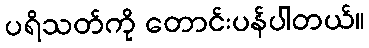
ပရိသတ်ကို တောင်းပန်ပါတယ်။